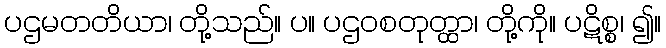
ပဌမတတိယာ၊ တို့သည်။ ပ။ ပဌဝစတုတ္ထာ၊ တို့ကို။ ပဋိစ္စ၊ ၍။